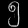
Digit: ၅